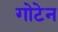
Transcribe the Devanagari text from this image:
गोटेन